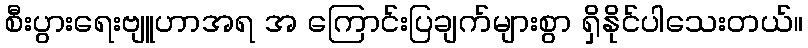
စီးပွားရေးဗျူဟာအရ အ ကြောင်းပြချက်များစွာ ရှိနိုင်ပါသေးတယ်။